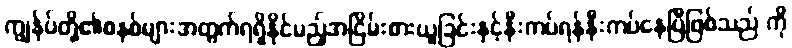
ကျွန်ုပ်တို့၏စနစ်များအတွက်ရရှိနိုင်မည့်အငြိမ်းစားယူခြင်းနှင့်နီးကပ်ရန်နီးကပ်နေပြီဖြစ်သည် ကို